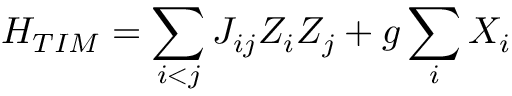
H _ { T I M } = \sum _ { i < j } J _ { i j } Z _ { i } Z _ { j } + g \sum _ { i } X _ { i }